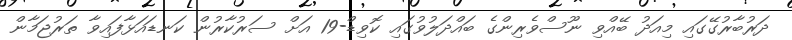
ދަރުބާރުގޭގައި މިއަދު ބޭއްވި ނޫސްވެރިންގެ ބައްދަލުވުގައި ކޮވިޑް-19 އަށް ސަރުކާރުން ކަނޑައަޅާފައިވާ ތަރުޖަމާން